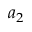
a _ { 2 }